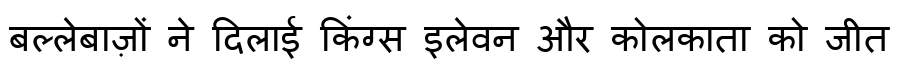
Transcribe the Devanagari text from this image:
बल्लेबाज़ों ने दिलाई किंग्स इलेवन और कोलकाता को जीत